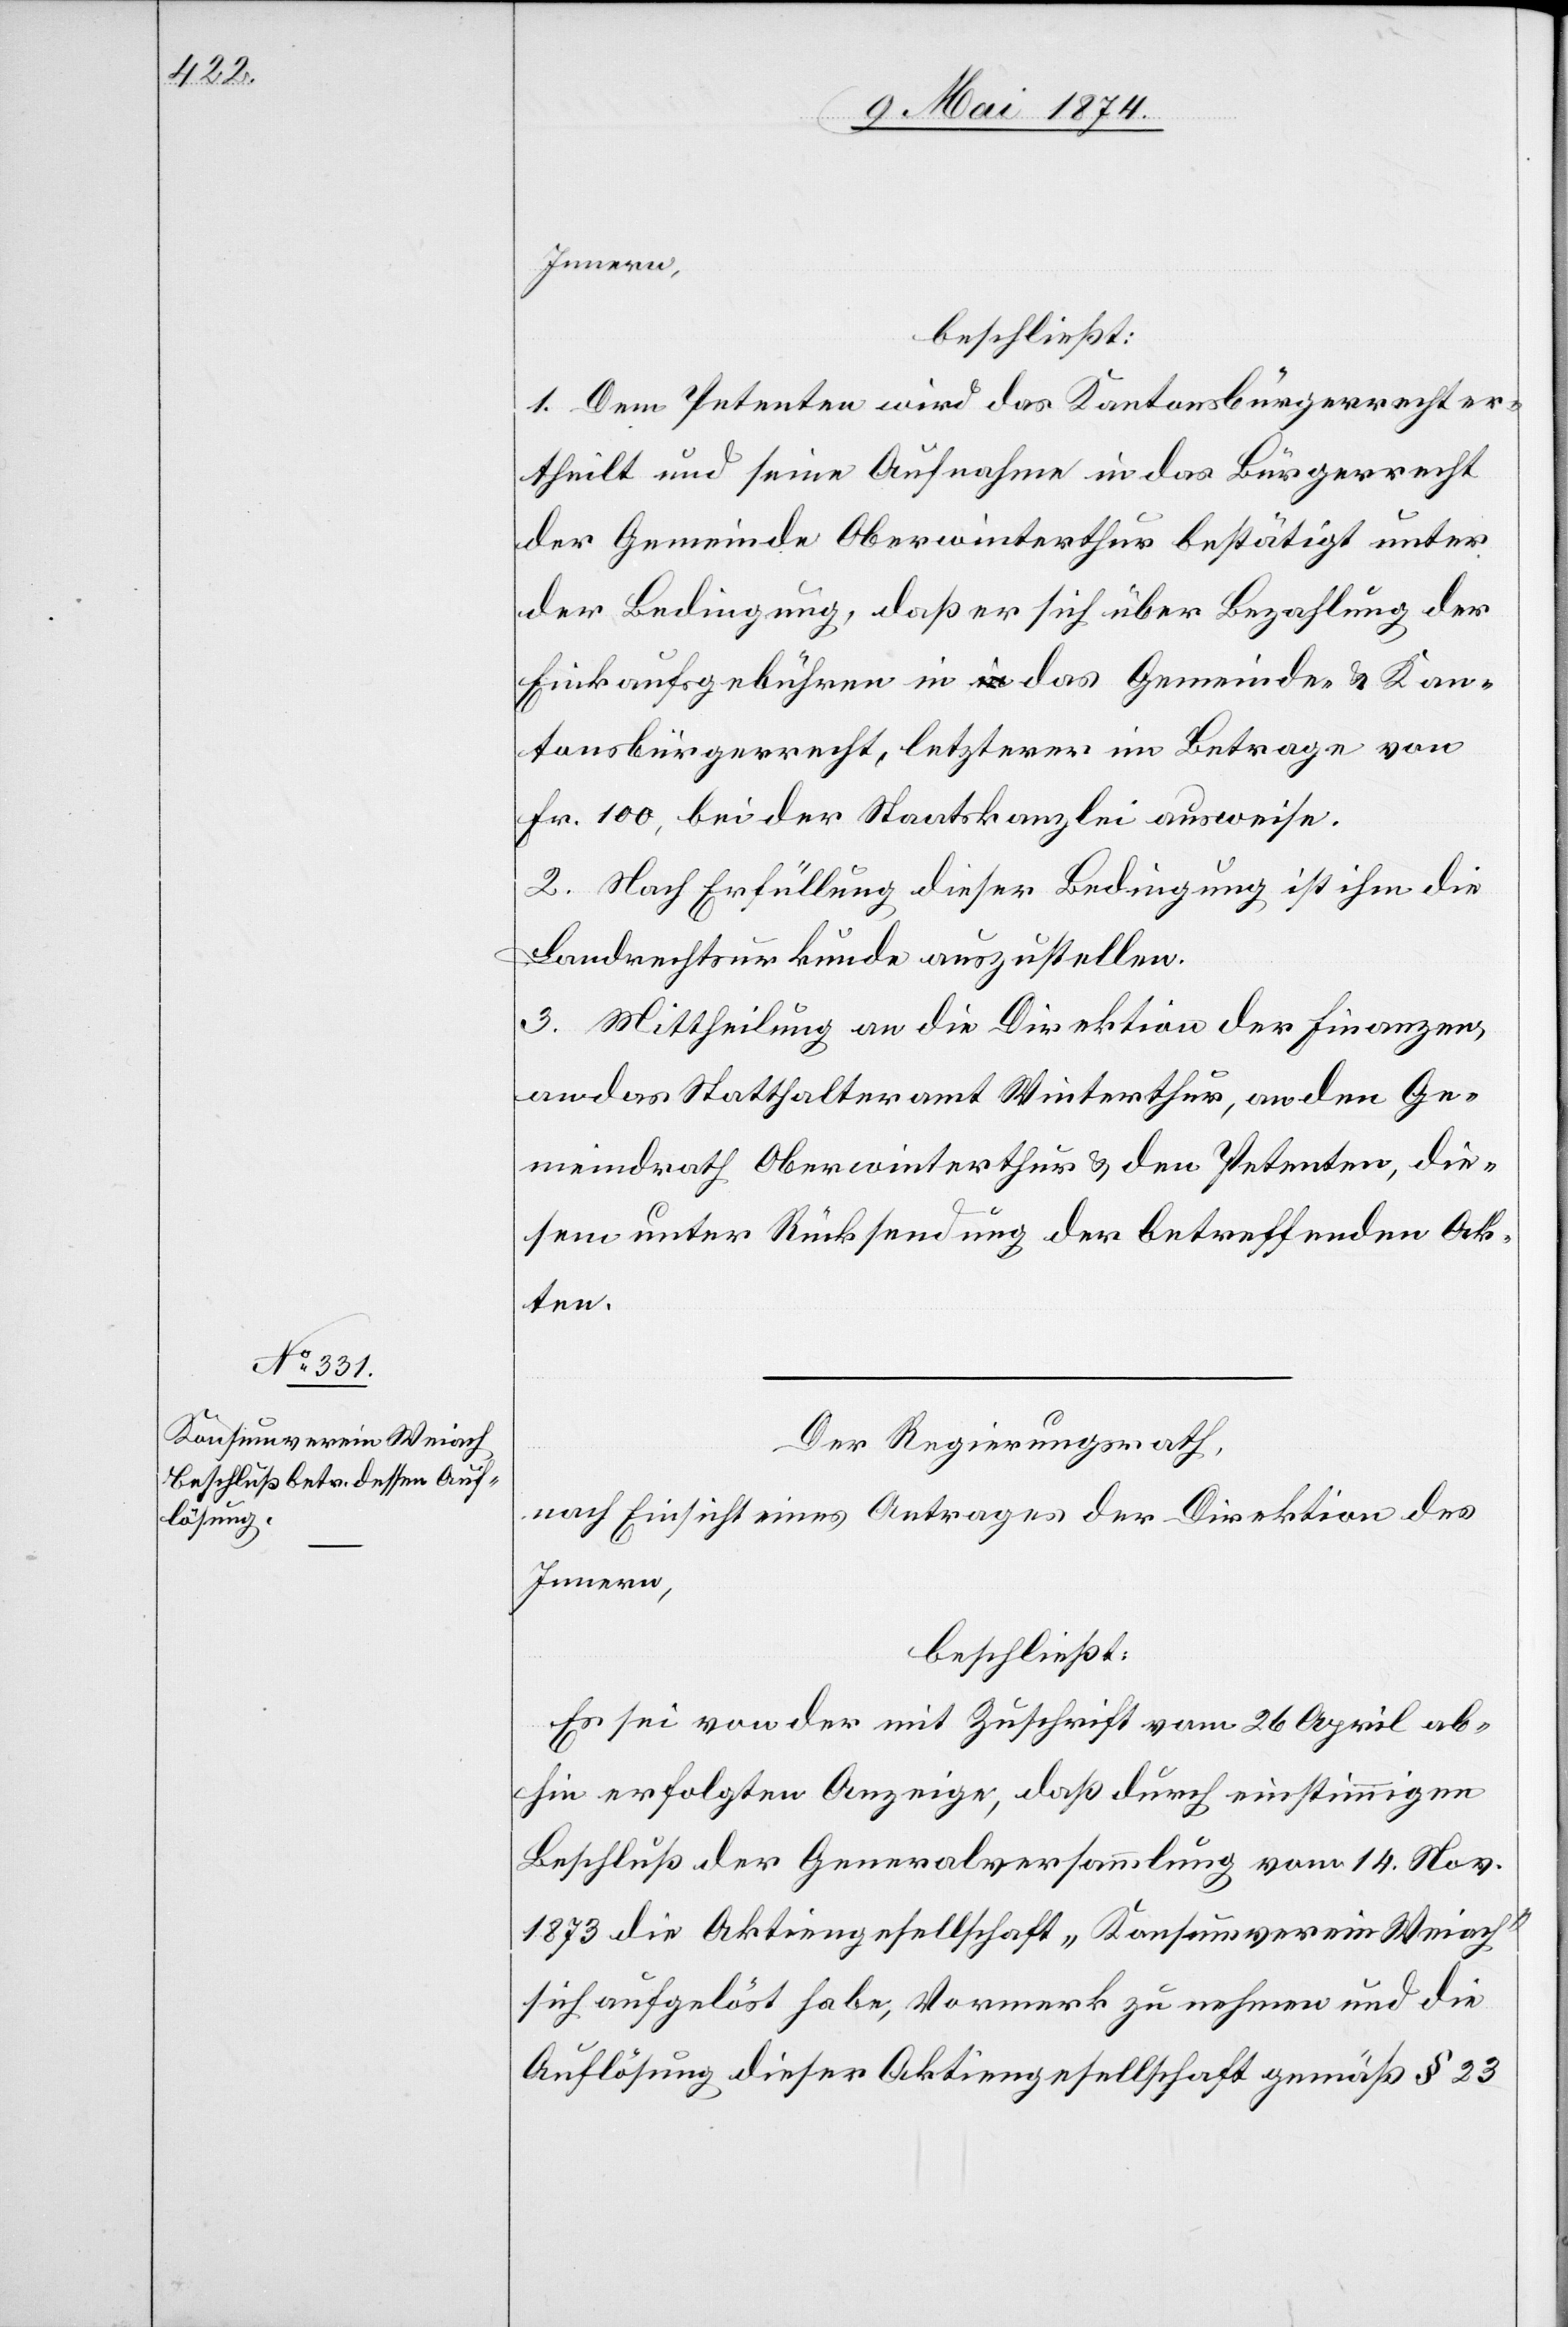
Innern,
beschließt:
1. Dem Petenten wird das Kantonsbürgerrecht er¬
theilt und seine Aufnahme in das Bürgerrecht
der Gemeinde Oberwinterthur bestätigt unter
der Bedingung, daß er sich über Bezahlung der
Einkaufsgebühren in das Gemeinde- u. Kan¬
tonsbürgerrecht, letzterer im Betrage von
Fr. 100, bei der Staatskanzlei ausweise.
2. Nach Erfüllung dieser Bedingung ist ihm die
Landrechtsurkunde auszustellen.
3. Mittheilung an die Direktion der Finanzen,
an das Statthalteramt Winterthur, an den Ge¬
meindrath Oberwinterthur u. den Petenten, die¬
sem unter Rücksendung der betreffenden Ak¬
ten.
Der Regierungsrath,
nach Einsicht eines Antrages der Direktion des
Innern,
beschließt:
Es sei von der mit Zuschrift vom 26. April ab¬
hin erfolgten Anzeige, daß durch einstimmigen
Beschluß der Generalversammlung vom 14. Nov.
1873 die Aktiengesellschaft „Konsumverein Weiach“
sich aufgelöst habe, Vormerk am Protokoll zu nehmen und die
Auflösung dieser Aktiengesellschaft gemäß § 23